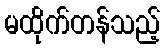
မထိုက်တန်သည့်